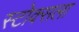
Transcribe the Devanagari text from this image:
स्टोक्सला